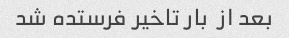
بعد از  بار تاخیر فرستده شد